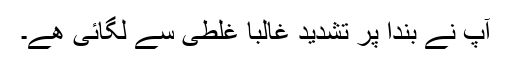
آپ نے بندا پر تشدید غالباً غلطی سے لگائی ھے۔